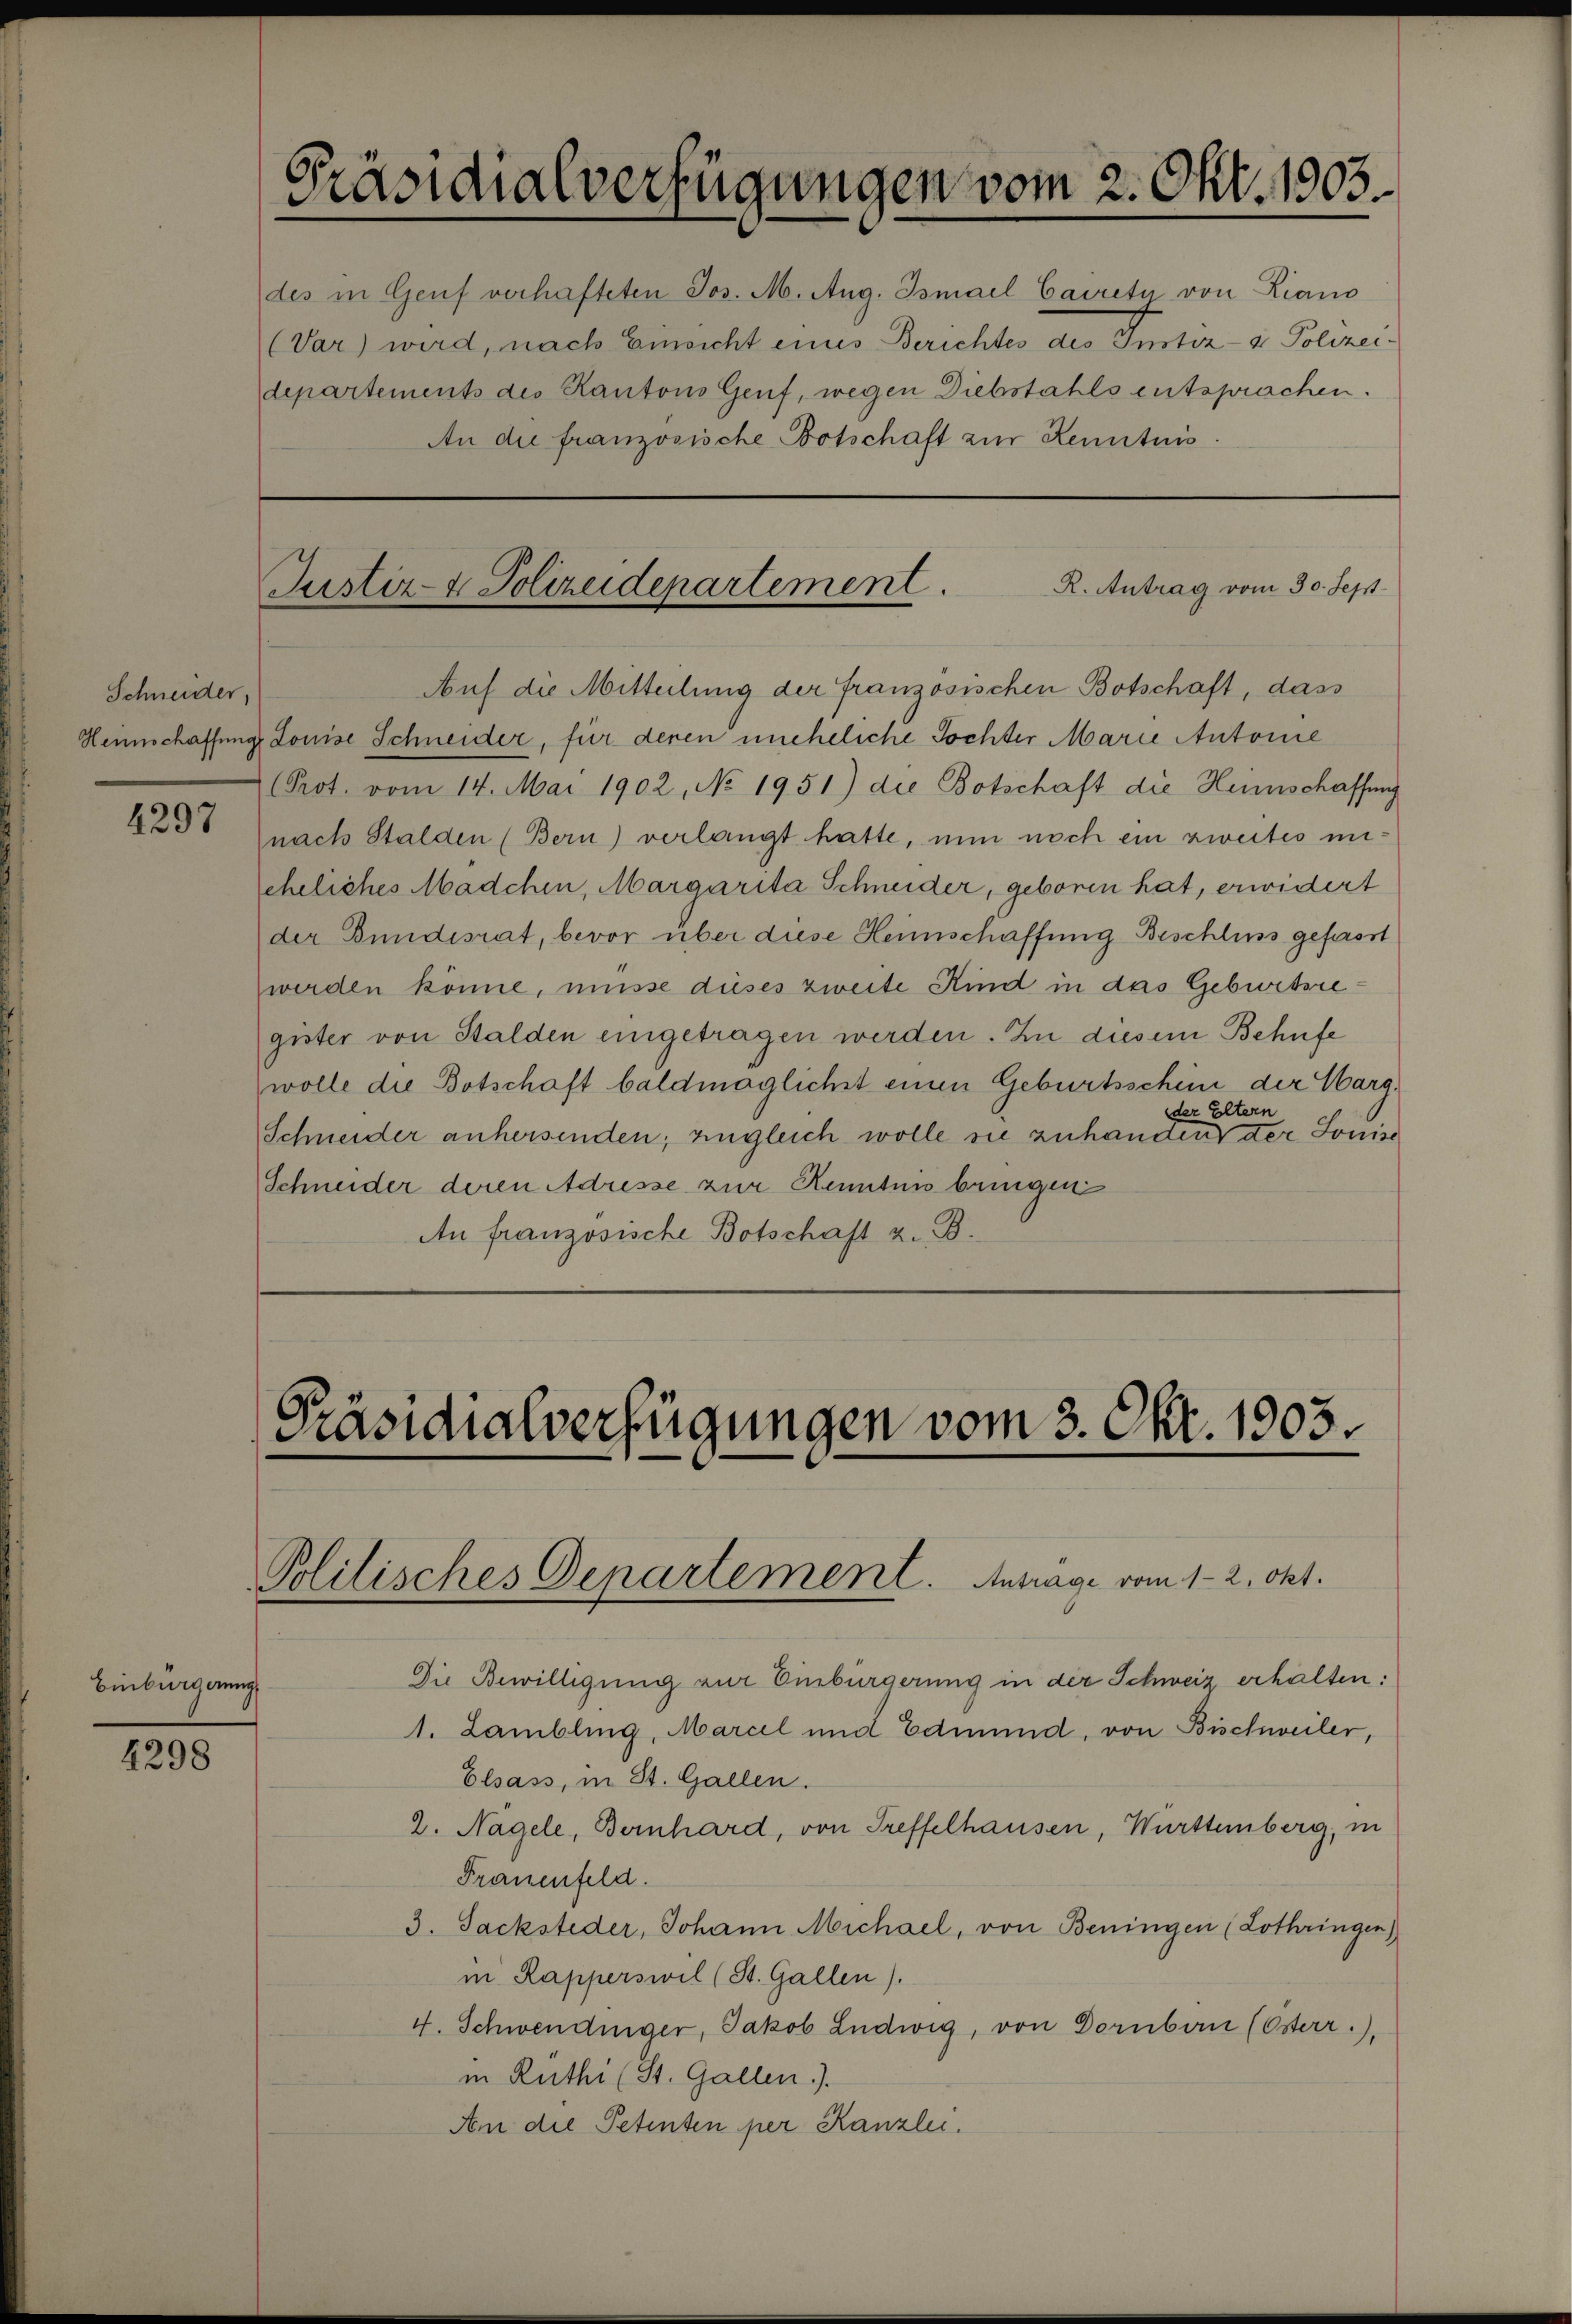
Schneider,

4297

4298

Präsidialverfügungen vom 2. Okt. 1903.

R. Antrag vom 30. Sept.
Justiz- & Polizeidepartement.
Auf die Mitteilung der französischen Botschaft, dass

Einbürgerung

des in Genf verhafteten Jos. M. Aug. Ismael Cacrety von Liano
(Var) wird, nach Einsicht eines Berichtes des Instiz- & Polizeidepartements des Kantons Genf, wegen Diebstahls entsprachen.
An die französische Botschaft zur Kenntnis.

Heimschaffung Louise Schneider, für deren uneheliche Tochter Marie Antone
(Prot. vom 14. Mai 1902, No 1951) die Botschaft die Heinschaffung
nach Stalden (Bern) verlangt hatte, nun noch ein zweites mieheliches Mädchen, Margarita Schneider, geboren hat, erwidert
der Bundesrat, bevor über diese Heimschaffung Beschluss gefasst
werden könne, müsse dieses zweite Kind in das Geburtsregister von Stalden eingetragen werden. Zu diesem Behufe
wolle die Botschaft baldmöglichst einen Geburtsschein der Wargder Eltern
Schneider anhersenden; ungleich wolle sie zuhanden der Sonisc
Schneider deren Adresse zur Kenntnis bringen
An französische Botschaft z. B.

Präsidialverfügungen vom 3. Okt. 1903.
Politisches Departement. Antrage vom 12. Okt.

Die Bewilligung zur Einbürgerung in der Schweiz erhalten:
1. Lambling, Marcel und Edmund, von Bischweiler,
Elsass, in St. Gallen.
2. Nagele, Bernhard, von Treffelhausen, Württemberg, in
Frauenfeld.
3. Sacksteder, Johann Michael, von Beningen (Lothringen)
in Rapperswil (St. Gallen).
4. Schwendinger, Jakob Ludwig, von Dornbau (Österr.),
in Ruthi (St. Gallen.).
An die Petenten per Kanzlei.